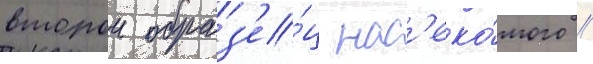
второи образ'е́ц нас'еко́мого //